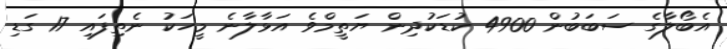
އެބޯލާގެ ސަބަބުން 4900 ކުޑަކުދިން ޔަތީމްވެ އަޅާލާނެ މީހަކު ނެތިފައި 17 ގަޑި